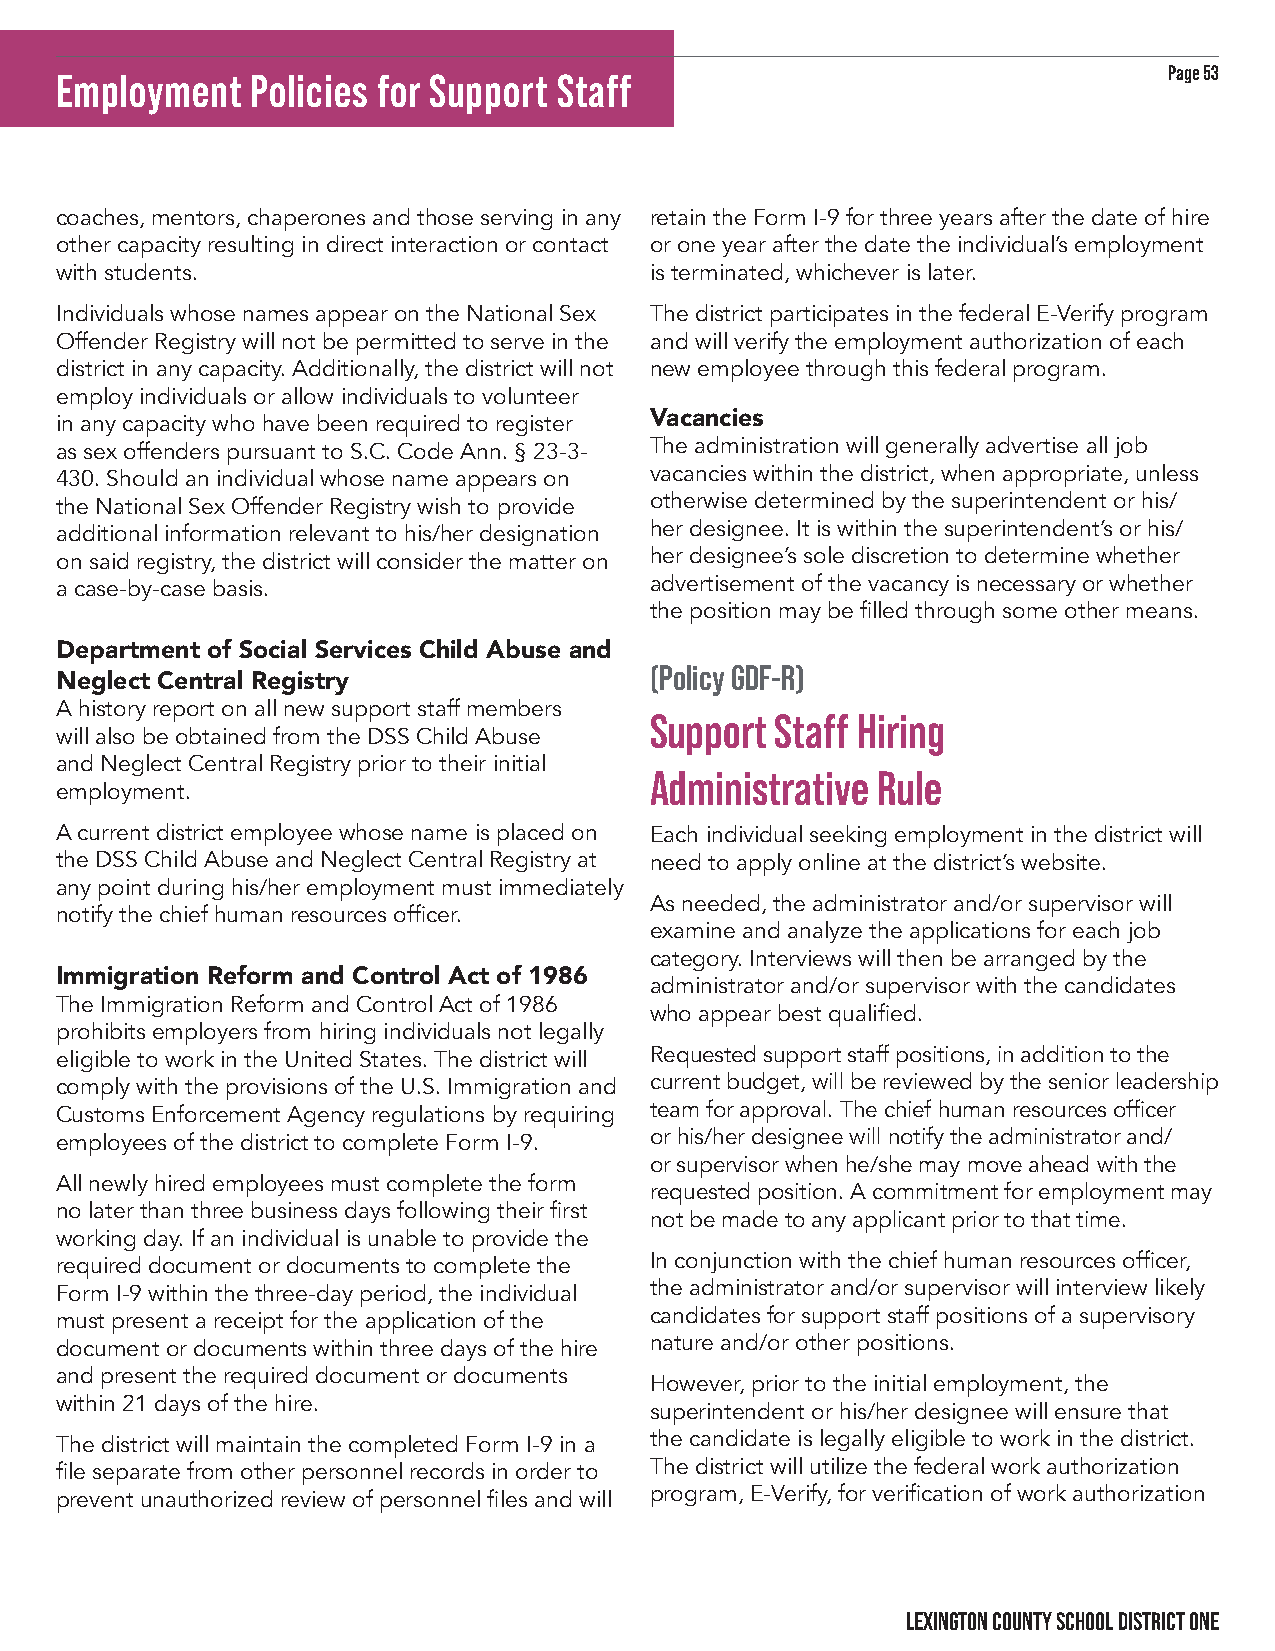
Page 53
 Employment   Policies for Support Staff
 coaches, mentors, chaperones and those serving in any retain the Form I-9 for three years after the date of hire
 other capacity resulting in direct interaction or contact or one year after the date the individual’s employment
 with students.                         is terminated, whichever is later.
 Individuals whose names appear on the National Sex The district participates in the federal E-Verify program
 Offender Registry will not be permitted to serve in the and will verify the employment authorization of each
 district in any capacity. Additionally, the district will not new employee through this federal program.
 employ individuals or allow individuals to volunteer
 in any capacity who have been required to register Vacancies
 as sex offenders pursuant to S.C. Code Ann. § 23-3- The administration will generally advertise all job
 430. Should an individual whose name appears on vacancies within the district, when appropriate, unless
 the National Sex Offender Registry wish to provide otherwise determined by the superintendent or his/
 additional information relevant to his/her designation her designee. It is within the superintendent’s or his/
 on said registry, the district will consider the matter on her designee’s sole discretion to determine whether
 a case-by-case basis.                  advertisement of the vacancy is necessary or whether
 the position may be filled through some other means.
 Department of Social Services Child Abuse and
 (Policy GDF-R)
 Neglect Central Registry
 A history report on all new support staff members
 Support Staff Hiring
 will also be obtained from the DSS Child Abuse
 and Neglect Central Registry prior to their initial
 Administrative Rule
 employment.
 A current district employee whose name is placed on Each individual seeking employment in the district will
 the DSS Child Abuse and Neglect Central Registry at need to apply online at the district’s website.
 any point during his/her employment must immediately
 As needed, the administrator and/or supervisor will
 notify the chief human resources officer.
 examine and analyze the applications for each job
 category. Interviews will then be arranged by the
 Immigration Reform and Control Act of 1986 administrator and/or supervisor with the candidates
 The Immigration Reform and Control Act of 1986
 who appear best qualified.
 prohibits employers from hiring individuals not legally
 eligible to work in the United States. The district will Requested support staff positions, in addition to the
 comply with the provisions of the U.S. Immigration and current budget, will be reviewed by the senior leadership
 Customs Enforcement Agency regulations by requiring team for approval. The chief human resources officer
 employees of the district to complete Form I-9. or his/her designee will notify the administrator and/
 or supervisor when he/she may move ahead with the
 All newly hired employees must complete the form
 requested position. A commitment for employment may
 no later than three business days following their first
 not be made to any applicant prior to that time.
 working day. If an individual is unable to provide the
 required document or documents to complete the In conjunction with the chief human resources officer,
 Form I-9 within the three-day period, the individual the administrator and/or supervisor will interview likely
 must present a receipt for the application of the candidates for support staff positions of a supervisory
 document or documents within three days of the hire nature and/or other positions.
 and present the required document or documents
 However, prior to the initial employment, the
 within 21 days of the hire.
 superintendent or his/her designee will ensure that
 The district will maintain the completed Form I-9 in a the candidate is legally eligible to work in the district.
 file separate from other personnel records in order to The district will utilize the federal work authorization
 prevent unauthorized review of personnel files and will program, E-Verify, for verification of work authorization
 LEXINGTON COUNTY SCHOOL DISTRICT ONE